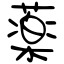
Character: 薬